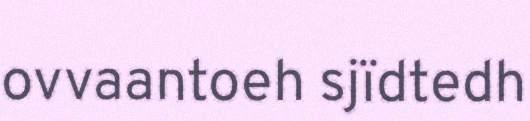
ovvaantoeh sjïdtedh